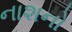
નાશનો